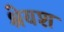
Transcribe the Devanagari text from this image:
श्रेयश